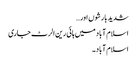
شدید بارشوں اور…
اسلام آباد میں ہائی رین الرٹ جاری
اسلام آباد۔